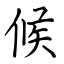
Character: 候